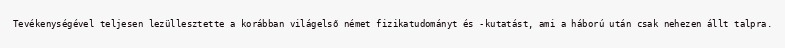
Tevékenységével teljesen lezüllesztette a korábban világelső német fizikatudományt és -kutatást, ami a háború után csak nehezen állt talpra.